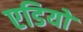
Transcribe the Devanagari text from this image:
एडियों